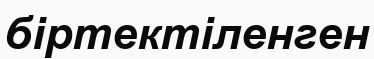
біртектіленген